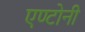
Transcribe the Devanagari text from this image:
एण्टोनी